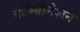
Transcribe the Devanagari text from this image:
कॉम्बीनेशन